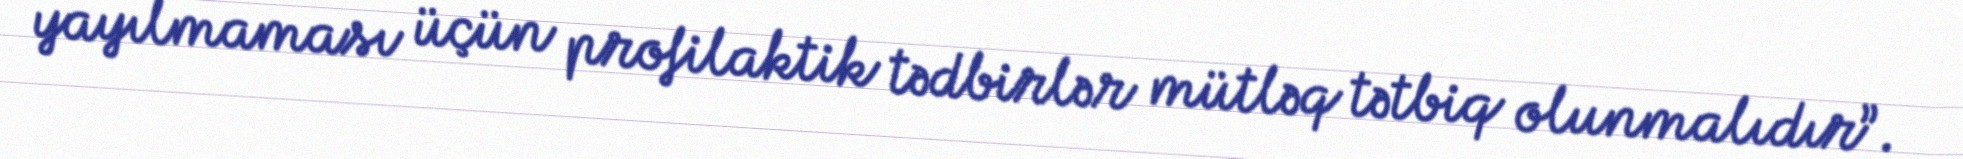
yayılmaması üçün profilaktik tədbirlər mütləq tətbiq olunmalıdır”.